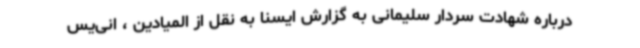
درباره شهادت سردار سلیمانی به گزارش ایسنا به نقل از المیادین ، انی‌یس